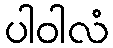
ပါဝါလံ